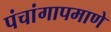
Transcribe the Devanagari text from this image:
पंचांगापमाणे